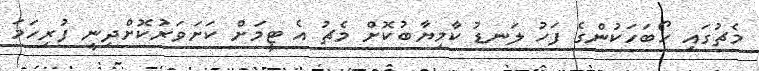
މެޗުގައި ހޯބަހަކުންގެ ފަހު ލަނޑު ކާމިޔާބުކޮށް މެޗު އެ ޓީމަށް ކަށަވަރުކޮށްދިނީ ފުރިހަމަ